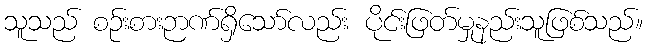
သူသည် စဉ်းစားဉာဏ်ရှိသော်လည်း ပိုင်းဖြတ်မှုနည်းသူဖြစ်သည်။